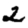
Digit: 2